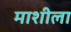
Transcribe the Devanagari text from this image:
माशीला